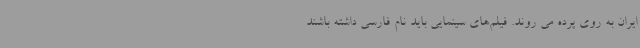
ایران به روی پرده می روند. فیلم‌های سینمایی باید نام فارسی داشته باشند